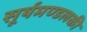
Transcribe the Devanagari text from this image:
सूर्यमण्डलकी